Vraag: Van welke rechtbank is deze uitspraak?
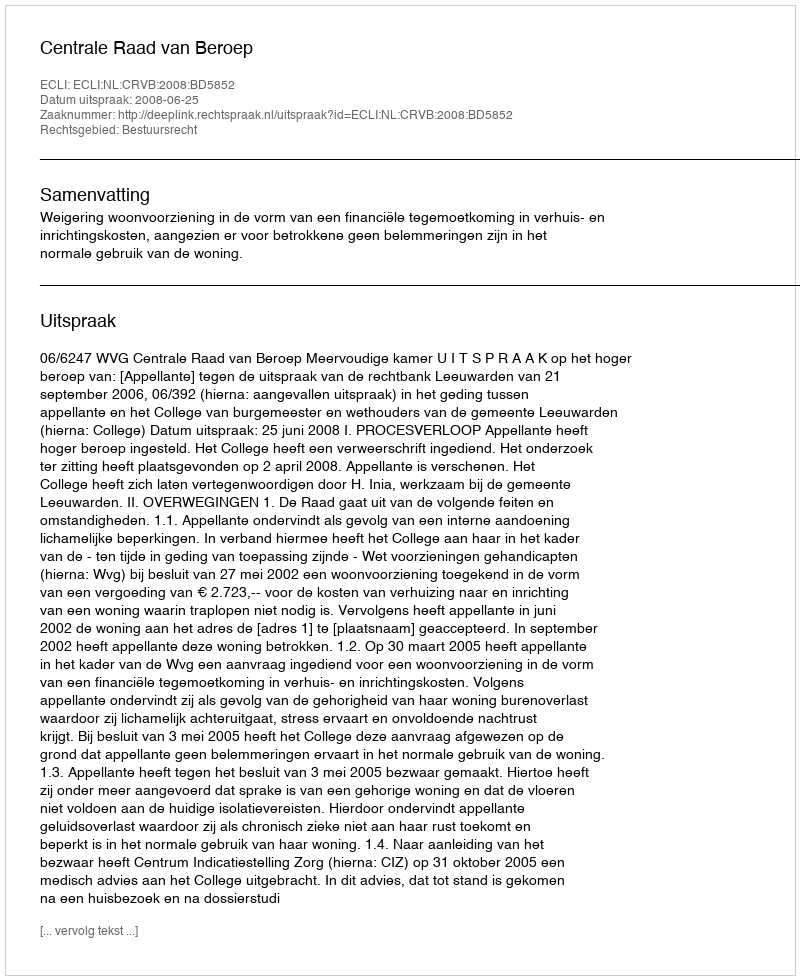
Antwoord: Centrale Raad van Beroep